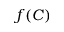
f ( C )